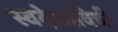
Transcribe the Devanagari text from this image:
स्वदेशसेवेची